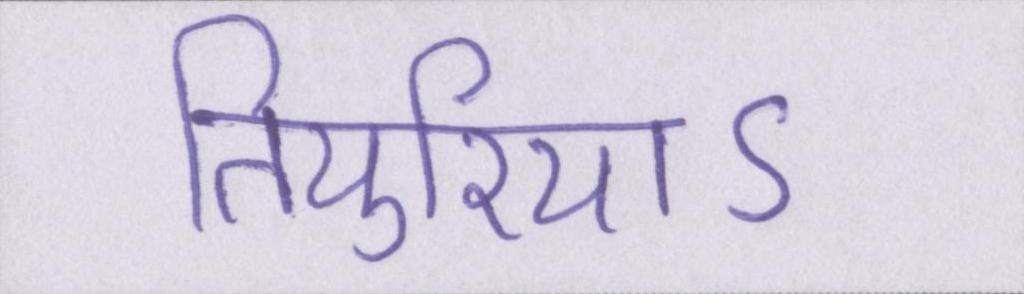
तियुरियाऽ